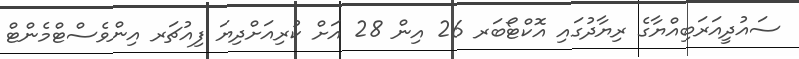
ސައުދީއަރަބިއްޔާގެ ރިޔާދުގައި އޮކްޓޯބަރ 26 އިން 28 އަށް ކުރިއަށްދިޔަ ފިއުޗަރ އިންވެސްޓްމެންޓް